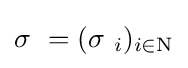
\sigma \ =(\sigma \ _{i})_{i\in \mathrm {N} }